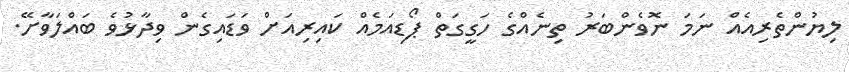
ލިޔުންތެރިއެއް ނަމަ ނޮވެންބަރު ތިނެއްގެ ހަގީގަތް ޕޯޑިއަމެއް ކައިރިއަށް ވަޑައިގެން ވިދާޅުވެ ބައްލަވާށޭ.